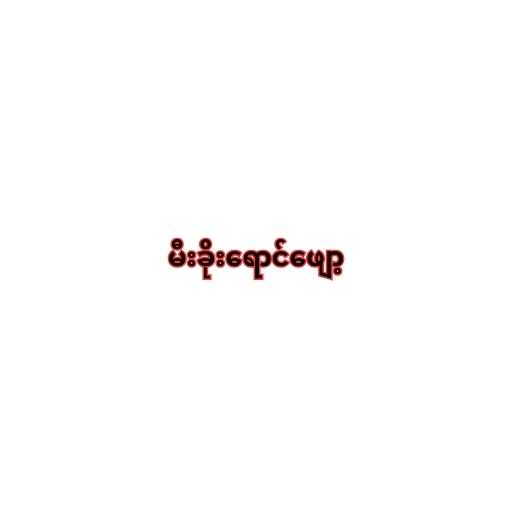
မီးခိုးရောင်ဖျော့